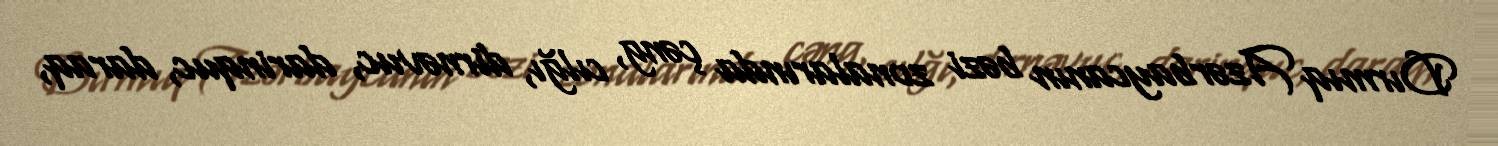
Dırmıq Azərbaycanın bəzi zonalarında çəng, cılğı, dirnəvuc, darinquc, daraq,